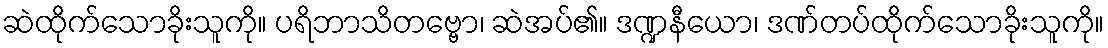
ဆဲထိုက်သောခိုးသူကို။ ပရိဘာသိတဗ္ဗော၊ ဆဲအပ်၏။ ဒဏ္ဍနီယော၊ ဒဏ်တပ်ထိုက်သောခိုးသူကို။